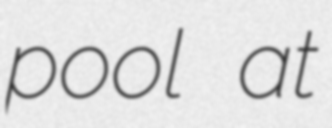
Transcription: pool at